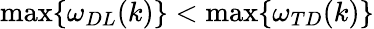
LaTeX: \operatorname*{max}\{ \omega_{DL}(k)\} <\operatorname*{max}\{ \omega_{TD}(k)\}